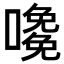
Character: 𡁅